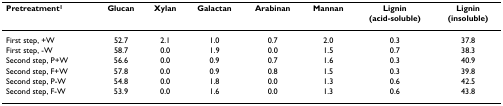
<table><thead><tr><td><b>Pretreatment<sup>1</sup></b></td><td><b>Glucan</b></td><td><b>Xylan</b></td><td><b>Galactan</b></td><td><b>Arabinan</b></td><td><b>Mannan</b></td><td><b>Lignin(acid-soluble)</b></td><td><b>Lignin(insoluble)</b></td></tr></thead><tbody><tr><td>First step, +W</td><td>52.7</td><td>2.1</td><td>1.0</td><td>0.7</td><td>2.0</td><td>0.3</td><td>37.8</td></tr><tr><td>First step, -W</td><td>58.7</td><td>0.0</td><td>1.9</td><td>0.0</td><td>1.5</td><td>0.7</td><td>38.3</td></tr><tr><td>Second step, P+W</td><td>56.6</td><td>0.0</td><td>0.9</td><td>0.7</td><td>1.6</td><td>0.3</td><td>40.9</td></tr><tr><td>Second step, F+W</td><td>57.8</td><td>0.0</td><td>0.9</td><td>0.8</td><td>1.5</td><td>0.3</td><td>39.8</td></tr><tr><td>Second step, P-W</td><td>54.8</td><td>0.0</td><td>1.8</td><td>0.0</td><td>1.3</td><td>0.6</td><td>42.5</td></tr><tr><td>Second step, F-W</td><td>53.9</td><td>0.0</td><td>1.6</td><td>0.0</td><td>1.3</td><td>0.6</td><td>43.8</td></tr></tbody></table>